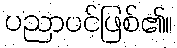
ပညာပင်ဖြစ်၏။